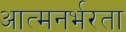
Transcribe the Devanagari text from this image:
आत्मनर्भरता